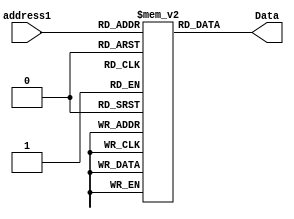
module memory(address1, Data);
    input [3:0]address1;
    output [15:0]Data;
    reg [15:0] mem [0:15];
    
    initial 
	begin
		mem[0]  = 16'b0001001100100000;
		mem[1]  = 16'b0110001001100000;
		mem[2]  = 16'b0101001101000000;
		mem[3]  = 16'b1001010001100011;
		mem[4]  = 16'b0001100101010010;
		mem[5]  = 16'b0101011000110010;
		mem[6]  = 16'b0001010101010100;
		mem[7]  = 16'b0111011110000001;
		mem[8]  = 16'b0001000000100010;
		mem[9]  = 16'b0110000010000010;
		mem[10] = 16'b0111001000110111;
		mem[11] = 16'b0011010000100101;
		mem[12] = 16'b0001001000000100;
		mem[13] = 16'b0110010110000110;
		mem[14] = 16'b1001011010011000;
		mem[15] = 16'b0110100001111001;
    end
   
    assign Data = mem[address1][15:0];

endmodule